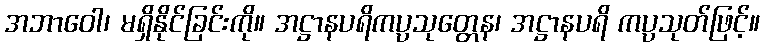
အဘာဝေါ၊ မရှိနိုင်ခြင်းကို။ အဋ္ဌာနပရိကပ္ပသုတ္တေန၊ အဋ္ဌာနပရိ ကပ္ပသုတ်ဖြင့်။